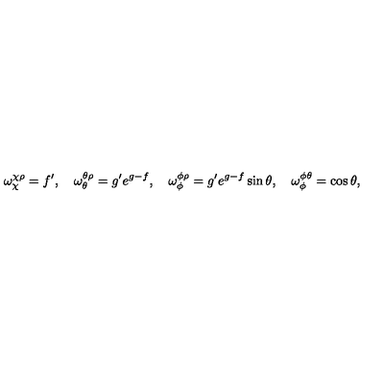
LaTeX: \omega _ { \chi } ^ { \chi \rho } = f ^ { \prime } , \quad \omega _ { \theta } ^ { \theta \rho } = g ^ { \prime } e ^ { g - f } , \quad \omega _ { \phi } ^ { \phi \rho } = g ^ { \prime } e ^ { g - f } \sin { \theta } , \quad \omega _ { \phi } ^ { \phi \theta } = \cos { \theta } ,